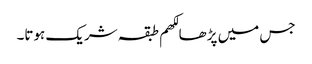
جس میں پڑھا لکھم طبقہ شریک ہوتا۔